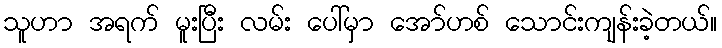
သူဟာ အရက် မူးပြီး လမ်း ပေါ်မှာ အော်ဟစ် သောင်းကျန်းခဲ့တယ်။